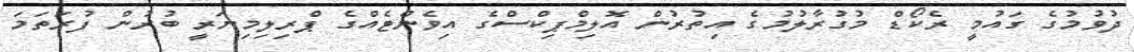
ދުވުމުގެ ގައުމީ ރެކޯޑް މުގުރާލުމުގެ އިތުރުން އޮލިމްޕިކްސްގެ އިވެންޓެއްގެ ޕްރިލިމިނަރީ ބުރުން ފުރަތަމަ